Vaccination United Provinces of Agra and Oudh 1902-1913 - 1902-1913
Year: 1902
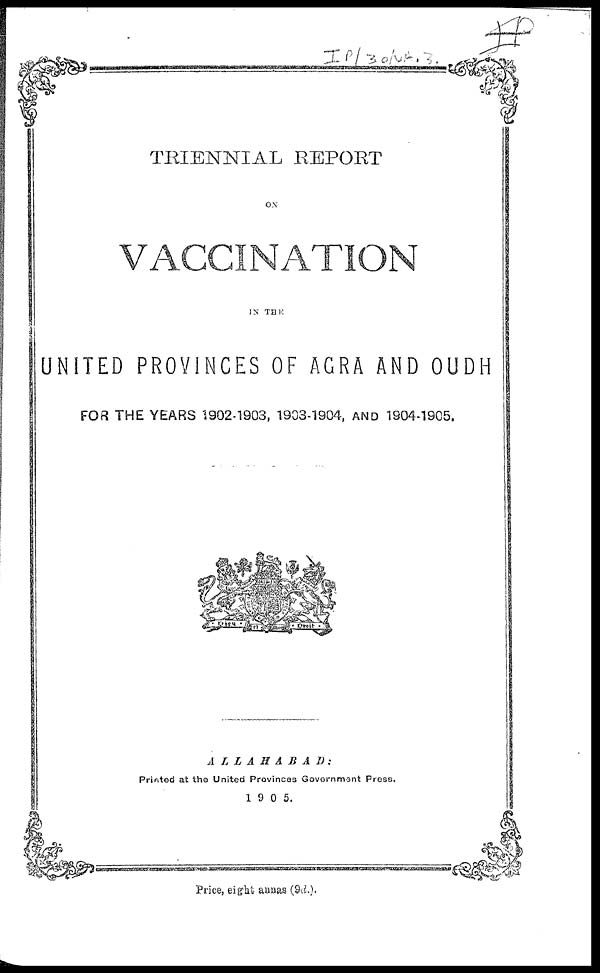
TRIENNIAL REPORT
ON
VACCINATION
IN THE
UNITED PROVINCES OF AGRA AND OUDH
FOR THE YEARS 1902-1903, 1903-1904, AND 1904-1905.
ALLAHABAD:
Printed at the United Provinces Government Press.
1905.
Price, eight annas (9d.).